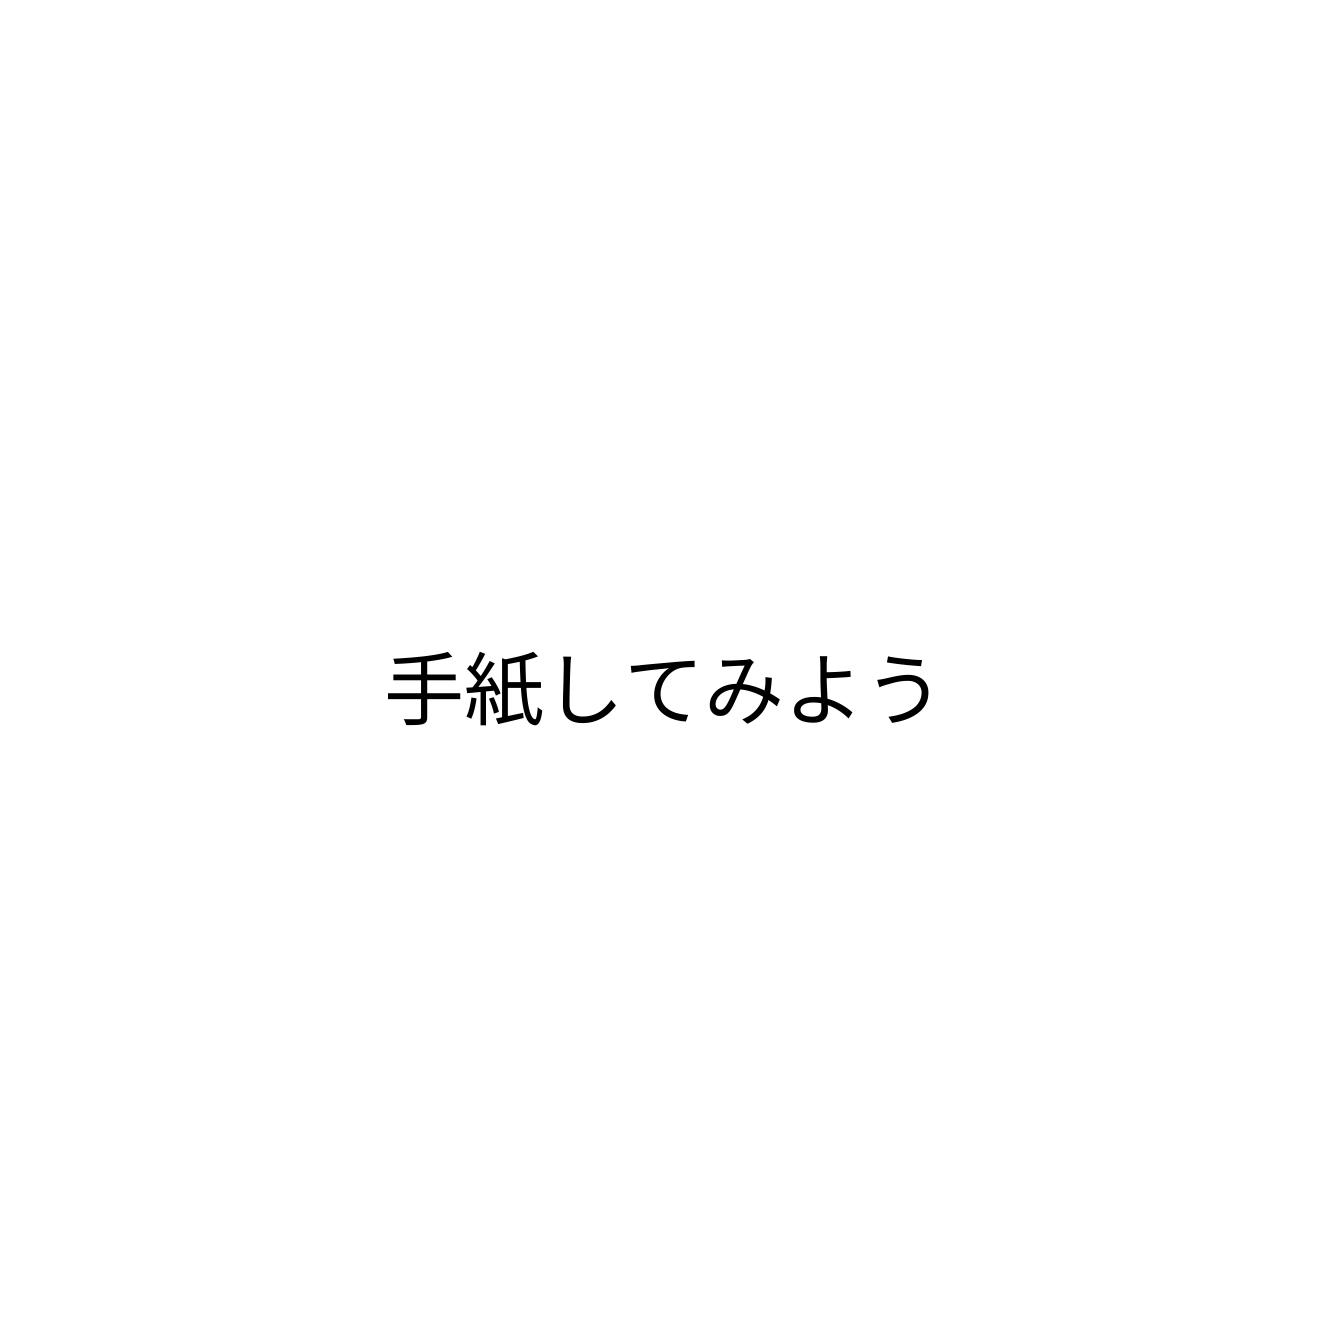
手紙してみよう